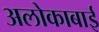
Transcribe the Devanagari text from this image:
अलोकाबाई